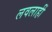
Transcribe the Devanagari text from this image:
लवलाहीं